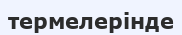
термелерінде